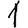
Digit: 1